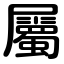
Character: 屬